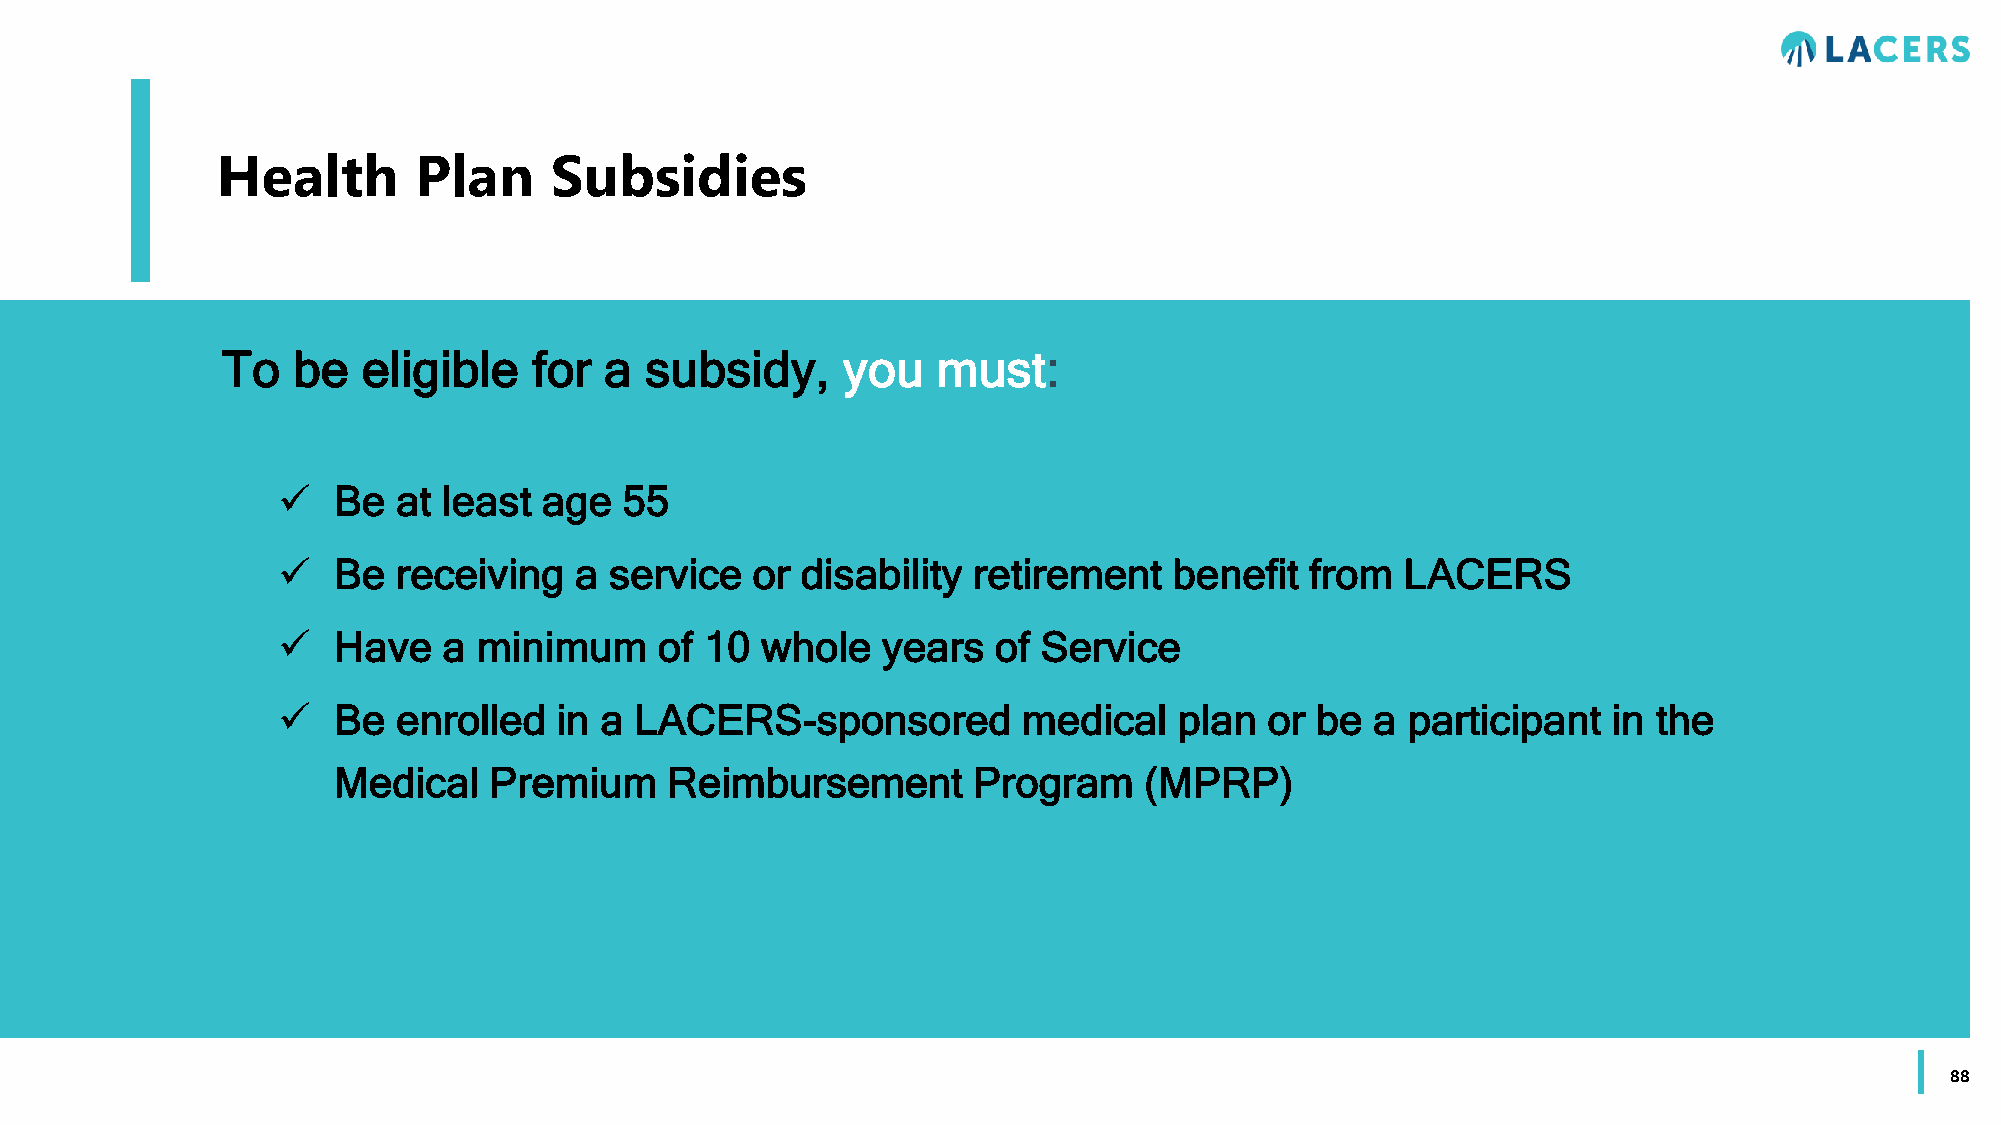
Health       Plan     Subsidies
 To  be   eligible   for  a  subsidy,     you   must:
    Be  at least  age  55
    Be  receiving   a service   or disability retirement    benefit  from  LACERS
    Have   a  minimum     of 10 whole   years   of Service
    Be  enrolled   in a LACERS-sponsored          medical   plan  or be  a participant   in the
 Medical   Premium     Reimbursement       Program     (MPRP)
 88